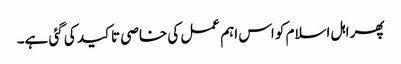
پھر اہل اسلام کو اس اہم عمل کی خاصی تاکید کی گئی ہے۔